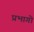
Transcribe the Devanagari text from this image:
प्रभागो